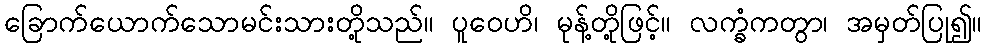
ခြောက်ယောက်သောမင်းသားတို့သည်။ ပူဝေဟိ၊ မုန့်တို့ဖြင့်။ လက္ခံကတွာ၊ အမှတ်ပြု၍။